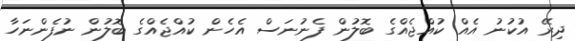
ދިރޭ އުކުނު އެއް ކުއްޖެއްގެ ބޮލުން ފެނުނަސް އެހެން ކުއްޖެއްގެ ބޮލުން ނުފެންނަހާ